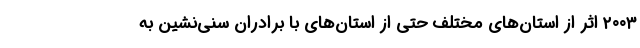
۲۰۰۳ اثر از استان‌های مختلف حتی از استان‌های با برادران سنی‌نشین به